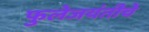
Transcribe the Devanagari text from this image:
फुलेजयंतीचे